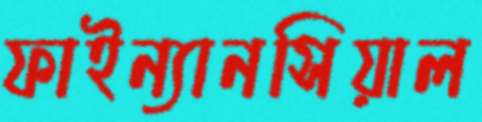
ফাইন্যানসিয়াল